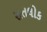
સતલોક